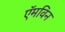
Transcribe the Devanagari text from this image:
ऍमविन